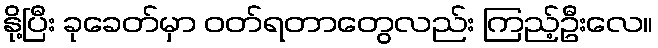
နို့ပြီး ခုခေတ်မှာ ဝတ်ရတာတွေလည်း ကြည့်ဦးလေ။